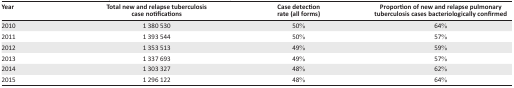
| Year | Total new and relapse tuberculosis case notifications | Case detection rate (all forms) | Proportion of new and relapse pulmonary tuberculosis cases bacteriologically confirmed |
 | --- | --- | --- | --- |
 | 2010 | 1 380 530 | 50% | 64% |
 | 2011 | 1 393 544 | 50% | 57% |
 | 2012 | 1 353 513 | 49% | 59% |
 | 2013 | 1 337 693 | 49% | 57% |
 | 2014 | 1 303 327 | 48% | 62% |
 | 2015 | 1 296 122 | 48% | 64% |